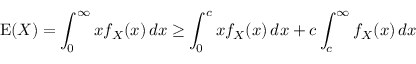
\operatorname { E } ( X ) = \int _ { 0 } ^ { \infty } x f _ { X } ( x ) \, d x \geq \int _ { 0 } ^ { c } x f _ { X } ( x ) \, d x + c \int _ { c } ^ { \infty } f _ { X } ( x ) \, d x